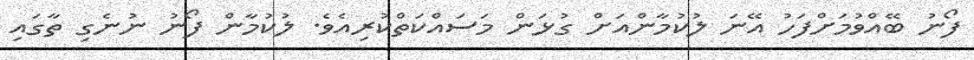
ފޯނު ބޭއްވުމަށްފަހު އޭނަ ލުކުމާންއަށް ގުޅަން މަސައްކަތްކުރިއެވެ. ލުކުމާން ފޯނު ނުނެގި ތާގައި